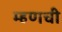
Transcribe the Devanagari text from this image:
म्हणची